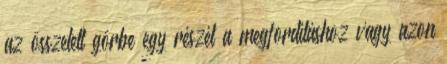
az összetett görbe egy részét a megfordításhoz vagy azon